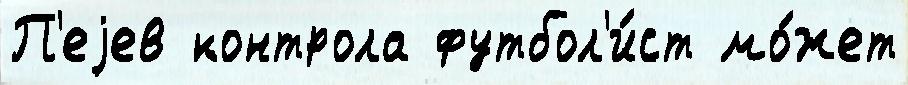
П'еjев контрола футбол'и́ст мо́жет